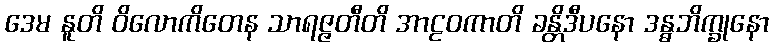
ဒေမ နူတိ ဝိလောကိတေန သာရဇ္ဇတီတိ အာဠဝကာတိ ခန္တိဒီပနော ဒန္ဓဘိက္ခုနော